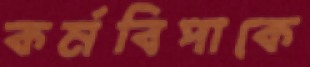
কর্মবিপাকে